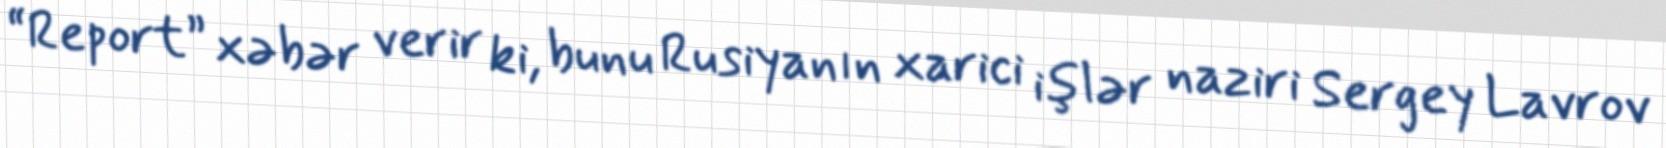
“Report” xəbər verir ki, bunu Rusiyanın xarici işlər naziri Sergey Lavrov